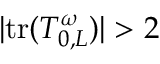
| \mathrm { t r } ( T _ { 0 , L } ^ { \omega } ) | > 2